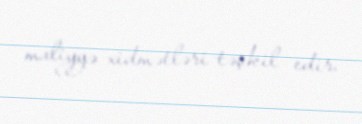
maliyyə xidmətləri təşkil edir.